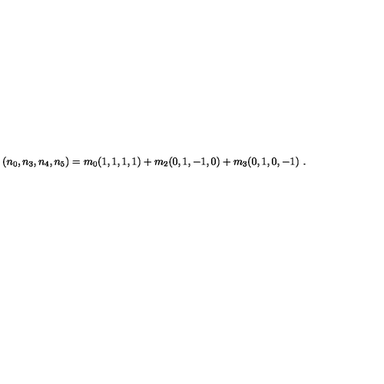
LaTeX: ( n _ { 0 } , n _ { 3 } , n _ { 4 } , n _ { 5 } ) = m _ { 0 } ( 1 , 1 , 1 , 1 ) + m _ { 2 } ( 0 , 1 , - 1 , 0 ) + m _ { 3 } ( 0 , 1 , 0 , - 1 ) \ .